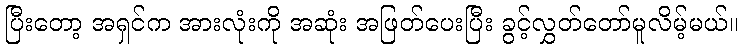
ပြီးတော့ အရှင်က အားလုံးကို အဆုံး အဖြတ်ပေးပြီး ခွင့်လွှတ်တော်မူလိမ့်မယ်။